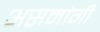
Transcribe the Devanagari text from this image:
असमांगी